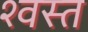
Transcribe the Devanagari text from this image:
श्वस्त